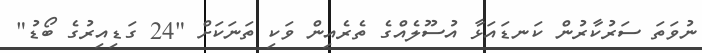
ނުވަތަ ސަރުކާރުން ކަނޑައަޅާ އުސޫލެއްގެ ތެރެއިން ވަކި ތަނަކަށް "24 ގަޑިއިރުގެ ބޯޑު"